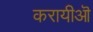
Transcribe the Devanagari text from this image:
करायीऒ